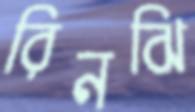
রিনঝি